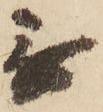
無